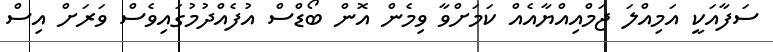
ސަފާއަކީ އަމިއްލަ ޖަމްއިއްޔާއެއް ކަަމަށްވާ ވިމެން އޮން ބޯޑްސް އުފެއްދުމުގައިވެސް ވަރަށް އިސް